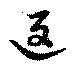
返